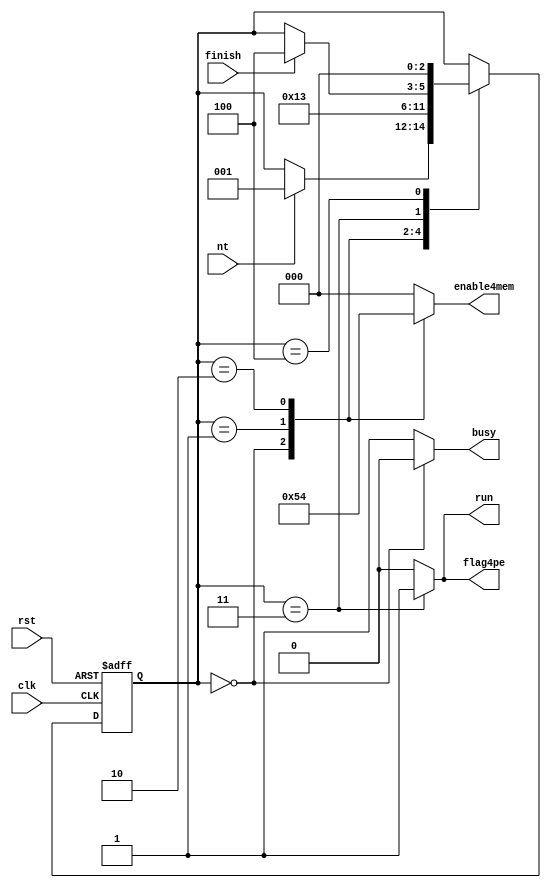
module FSM(
		input				clk,
		input				rst,
		input				nt,
		output	reg			busy,
		output	reg	[2:0]	enable4mem,
		output	wire		flag4pe,
		output	wire		run,
		input				finish
		);
///////////////////////// define state //////////////////////
	`define	RST_state		3'd0
	`define	NT_state		3'd1
	`define READ_state		3'd2
	`define	CALC_state		3'd3
	`define	FINISH_state	3'd4
///////////////////////// var ///////////////////////////////
	reg	[2:0]	state;
	reg	[2:0]	next_state;
	wire		AtCalc_state;
///////////////////////// state /////////////////////////////
	always@(posedge clk or posedge rst)begin
		if(rst)begin
			state<=3'd0;
		end else begin
			state<=next_state;
		end
	end

	always@(*)begin
		case(state)
			`RST_state:begin
				next_state=(nt)?`NT_state:state;
			end
			`NT_state:begin
				next_state=`READ_state;
			end
			`READ_state:begin
				next_state=`CALC_state;
			end
			`CALC_state:begin
				next_state=(finish)?`FINISH_state:state;
			end
			`FINISH_state:begin
				next_state=`RST_state;
			end
			default:begin
				next_state=state;
			end
		endcase
	end
//busy
	always@(*)begin
		if(state==`RST_state)begin
			busy=1'b0;
		end else begin
			busy=1'b1;
		end
	end
//enable4mem
	always@(*)begin
		case(state)
			`RST_state:begin
				enable4mem=3'b001;
			end
			`NT_state:begin
				enable4mem=3'b010;
			end
			`READ_state:begin
				enable4mem=3'b100;
			end
			default:begin
				enable4mem=3'b000;
			end
		endcase
	end
//flag4pe
	assign	AtCalc_state=(state==`CALC_state)?1'b1:1'b0;
	assign	flag4pe=AtCalc_state;
//run
	assign	run=AtCalc_state;

endmodule